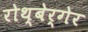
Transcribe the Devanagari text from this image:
रोथ्बेर्गेर